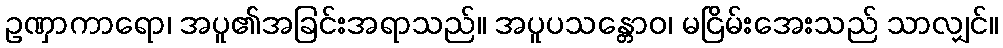
ဥဏှာကာရော၊ အပူ၏အခြင်းအရာသည်။ အပူပသန္တောဝ၊ မငြိမ်းအေးသည် သာလျှင်။